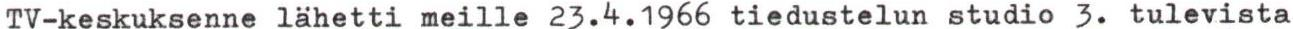
TV-keskuksenne lahetti meille 23.4.1966 tiedustelun studio 3. tulevista